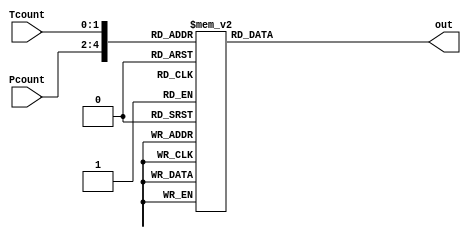
module ROM5_32(Pcount,Tcount,out);
input [2:0] Pcount;
input [1:0] Tcount;
output [4:0] out;
reg [4:0] out;
reg [4:0] index;
always@(Pcount,Tcount)
begin
index={Pcount,Tcount};
case(index)
5'b00000 : out = 5'bxxxxx;
5'b00001 : out = 5'b00000;
5'b00010 : out = 5'b00001;
5'b00011 : out = 5'b00011;
5'b00100 : out = 5'bxxxxx;
5'b00101 : out = 5'b00011;
5'b00110 : out = 5'b00011;
5'b00111 : out = 5'b00011;
5'b01000 : out = 5'bxxxxx;
5'b01001 : out = 5'b00110;
5'b01010 : out = 5'b00100;
5'b01011 : out = 5'b00100;
5'b01100 : out = 5'bxxxxx;
5'b01101 : out = 5'b01001;
5'b01110 : out = 5'b00110;
5'b01111 : out = 5'b00101;
5'b10000 : out = 5'bxxxxx;
5'b10001 : out = 5'b01100;
5'b10010 : out = 5'b00111;
5'b10011 : out = 5'b00110;
5'b10100 : out = 5'bxxxxx;
5'b10101 : out = 5'b01111;
5'b10110 : out = 5'b01001;
5'b10111 : out = 5'b00111;
5'b11000 : out = 5'bxxxxx;
5'b11001 : out = 5'b10010;
5'b11010 : out = 5'b01010;
5'b11011 : out = 5'b01000;
5'b11100 : out = 5'bxxxxx;
5'b11101 : out = 5'b10101;
5'b11110 : out = 5'b01100;
5'b11111 : out = 5'b01001;
endcase
end
endmodule